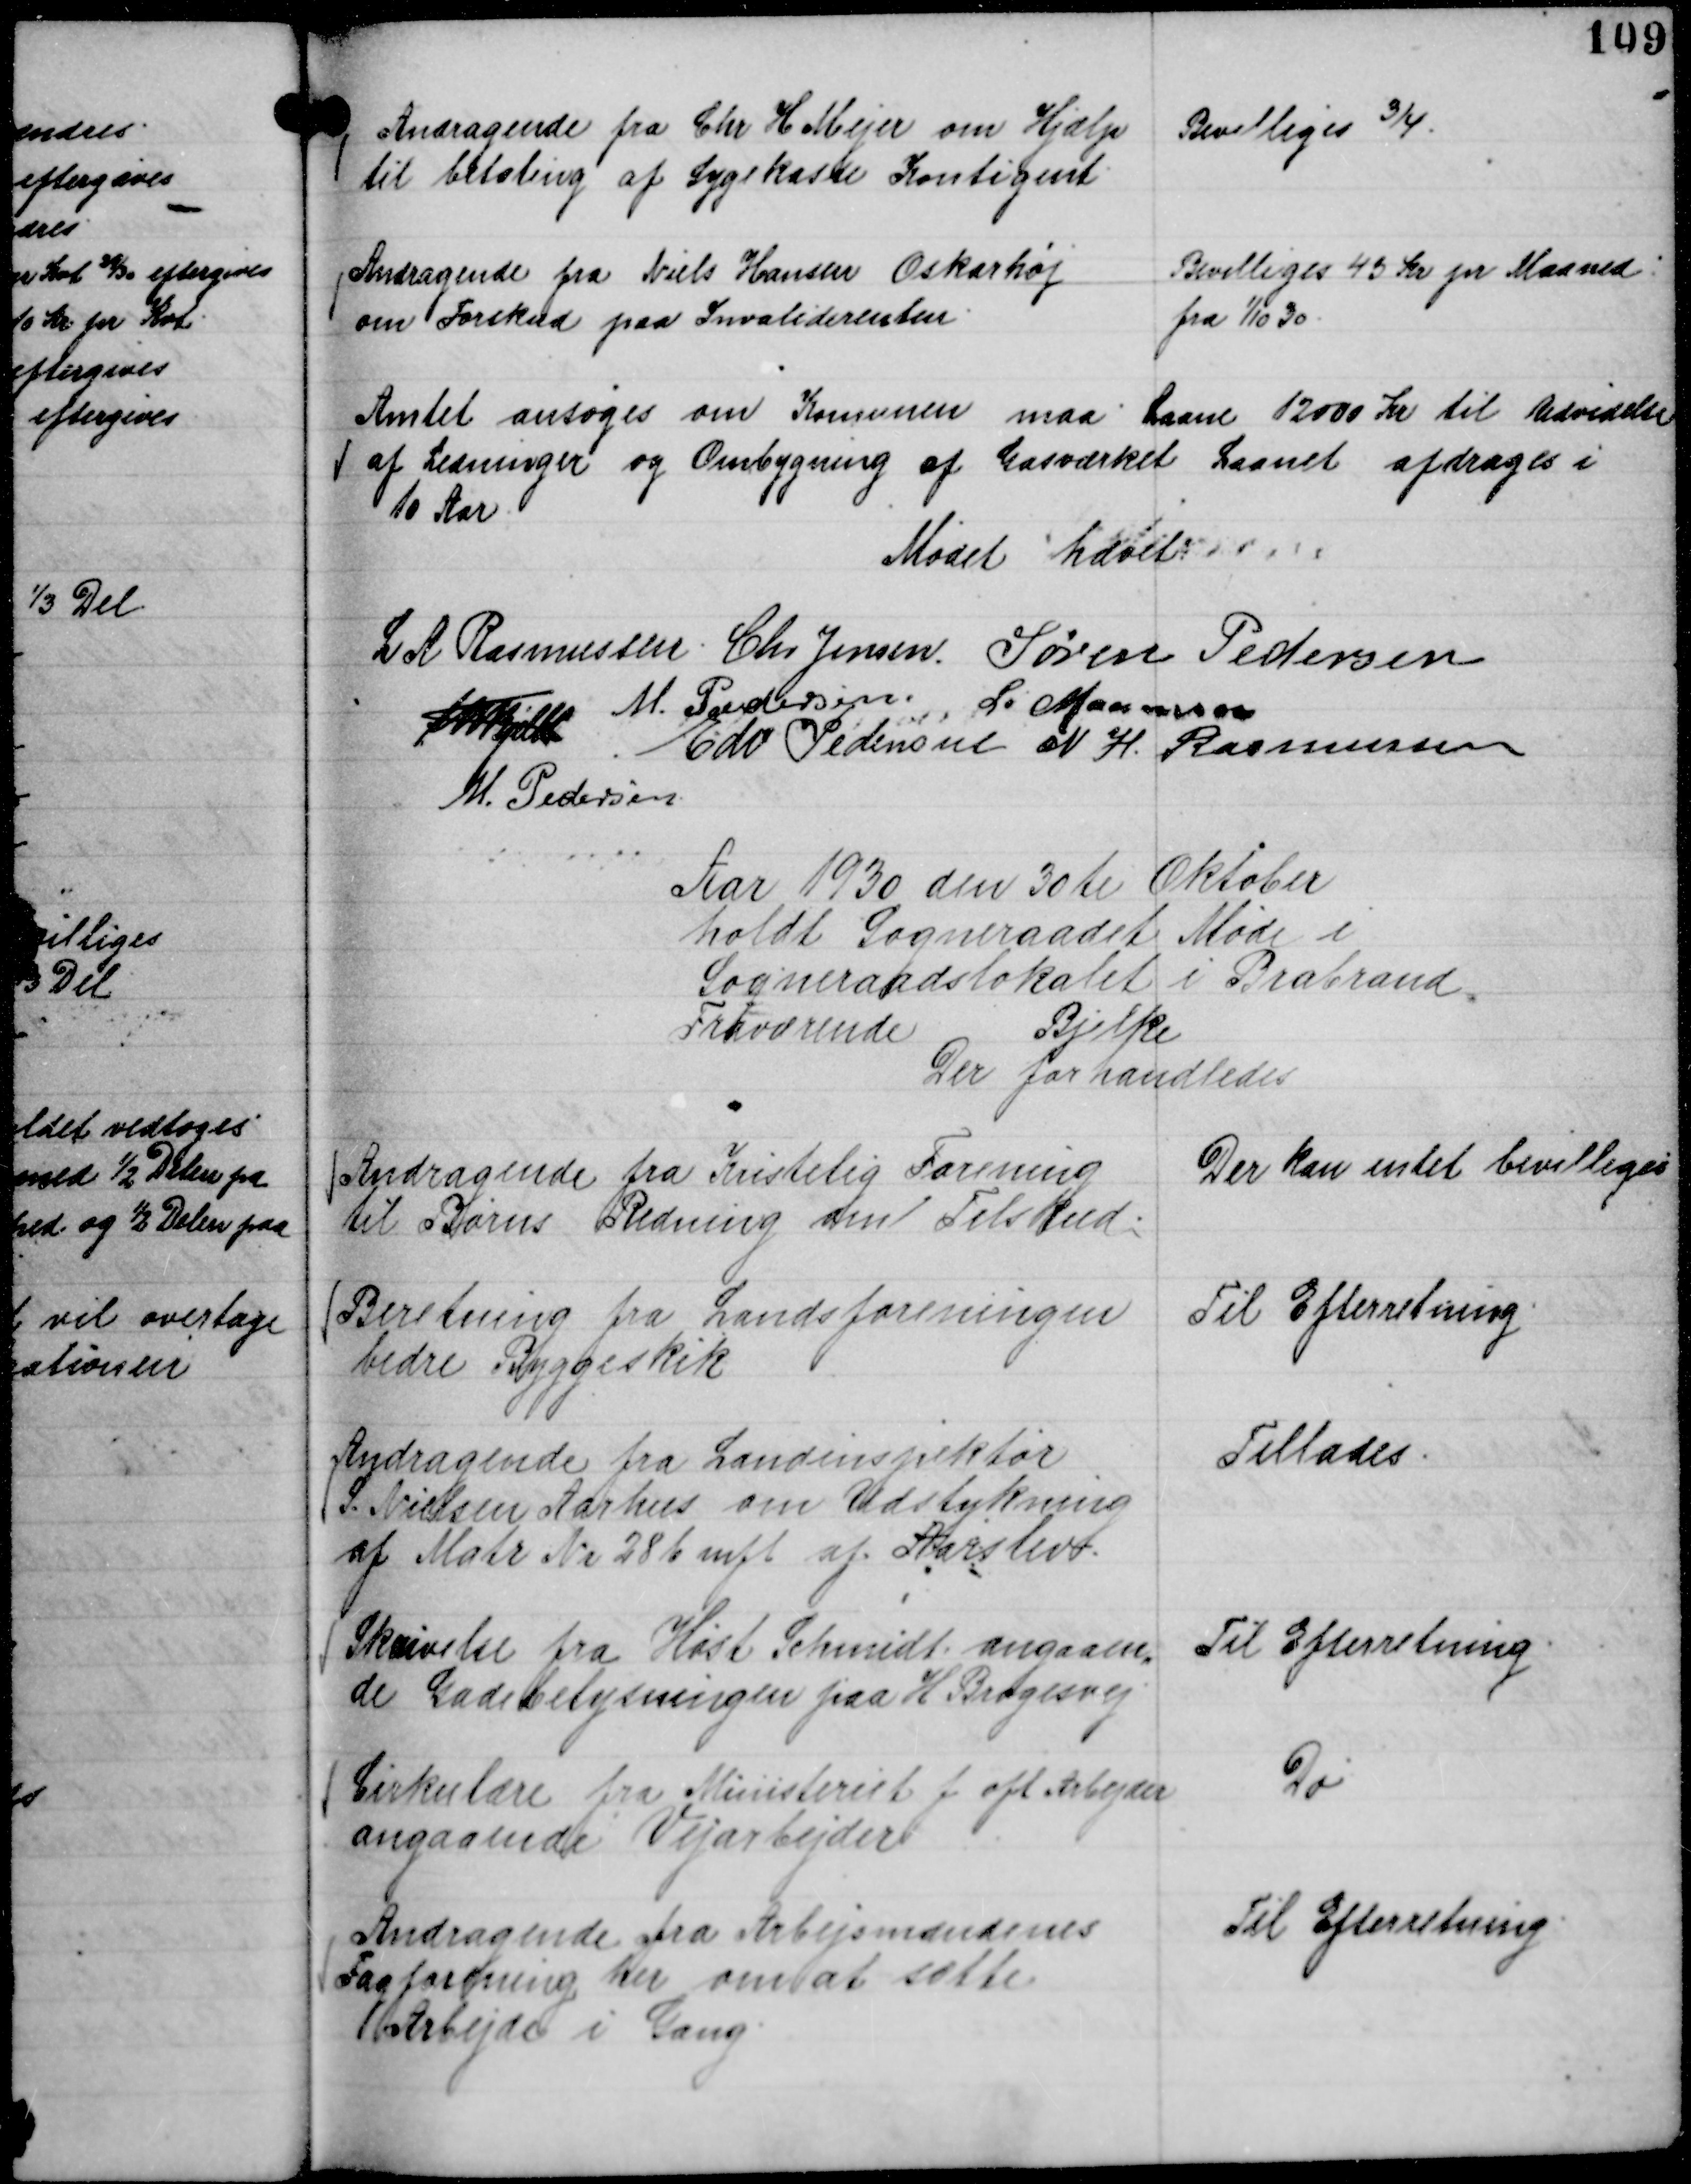
Transskription:
Andragende fra Chr H Mejer om Hjælp
til betaling af Sygekasse Kontigent.

Bevilliges ¾.

Andragende fra Niels Hansen Oskarhøj
om Forskud paa Invaliderenten.

Bevilliges 45 Kr pr Maaned.
fra

1/10 30.

Amtet ansøges om Komunen maa Laane 12000 Kr til Udvidelse
af Ledninger og Ombygning af Gasværket Laanet afdrages i
10 Aar.

Mødet hævet
L A Rasmussen.
Chr Jensen.
Søren Pedersen
Th Bjelke
M. Pedersen
L. Maansson
Edv Pedersen
N H. Rasmussen
M. Pedersen

Aar 1930 den 30te Oktober
holdt Sogneraadet Møde i
Sogneraadslokalet i Brabrand.
Fraværende
Bjelke
Der forhandledes

Andragende fra Kristelig Forening
til Børns Redning om Tilskud.

Der kan intet bevilliges

Beretning fra Landsforeningen
bedre Byggeskik

Til Efterretning.

Andragende fra Landinspektør
S. Nielsen Aarhus om Udstykning
af Matr Nr 28 b mfl af Aarslev.

Tillades.

Skrivelse fra Høst Schmidt angaaen,,
de Gadebelysningen paa H Brogesvej

Til Efterretning.

Cirkulære fra Ministeriet f oft Arbejder
angaaende Vejarbejder

Do

Andragende fra Arbejdsmændenes
Fagforening her om at sætte
Arbejde i Gang.

Til Efterretning.